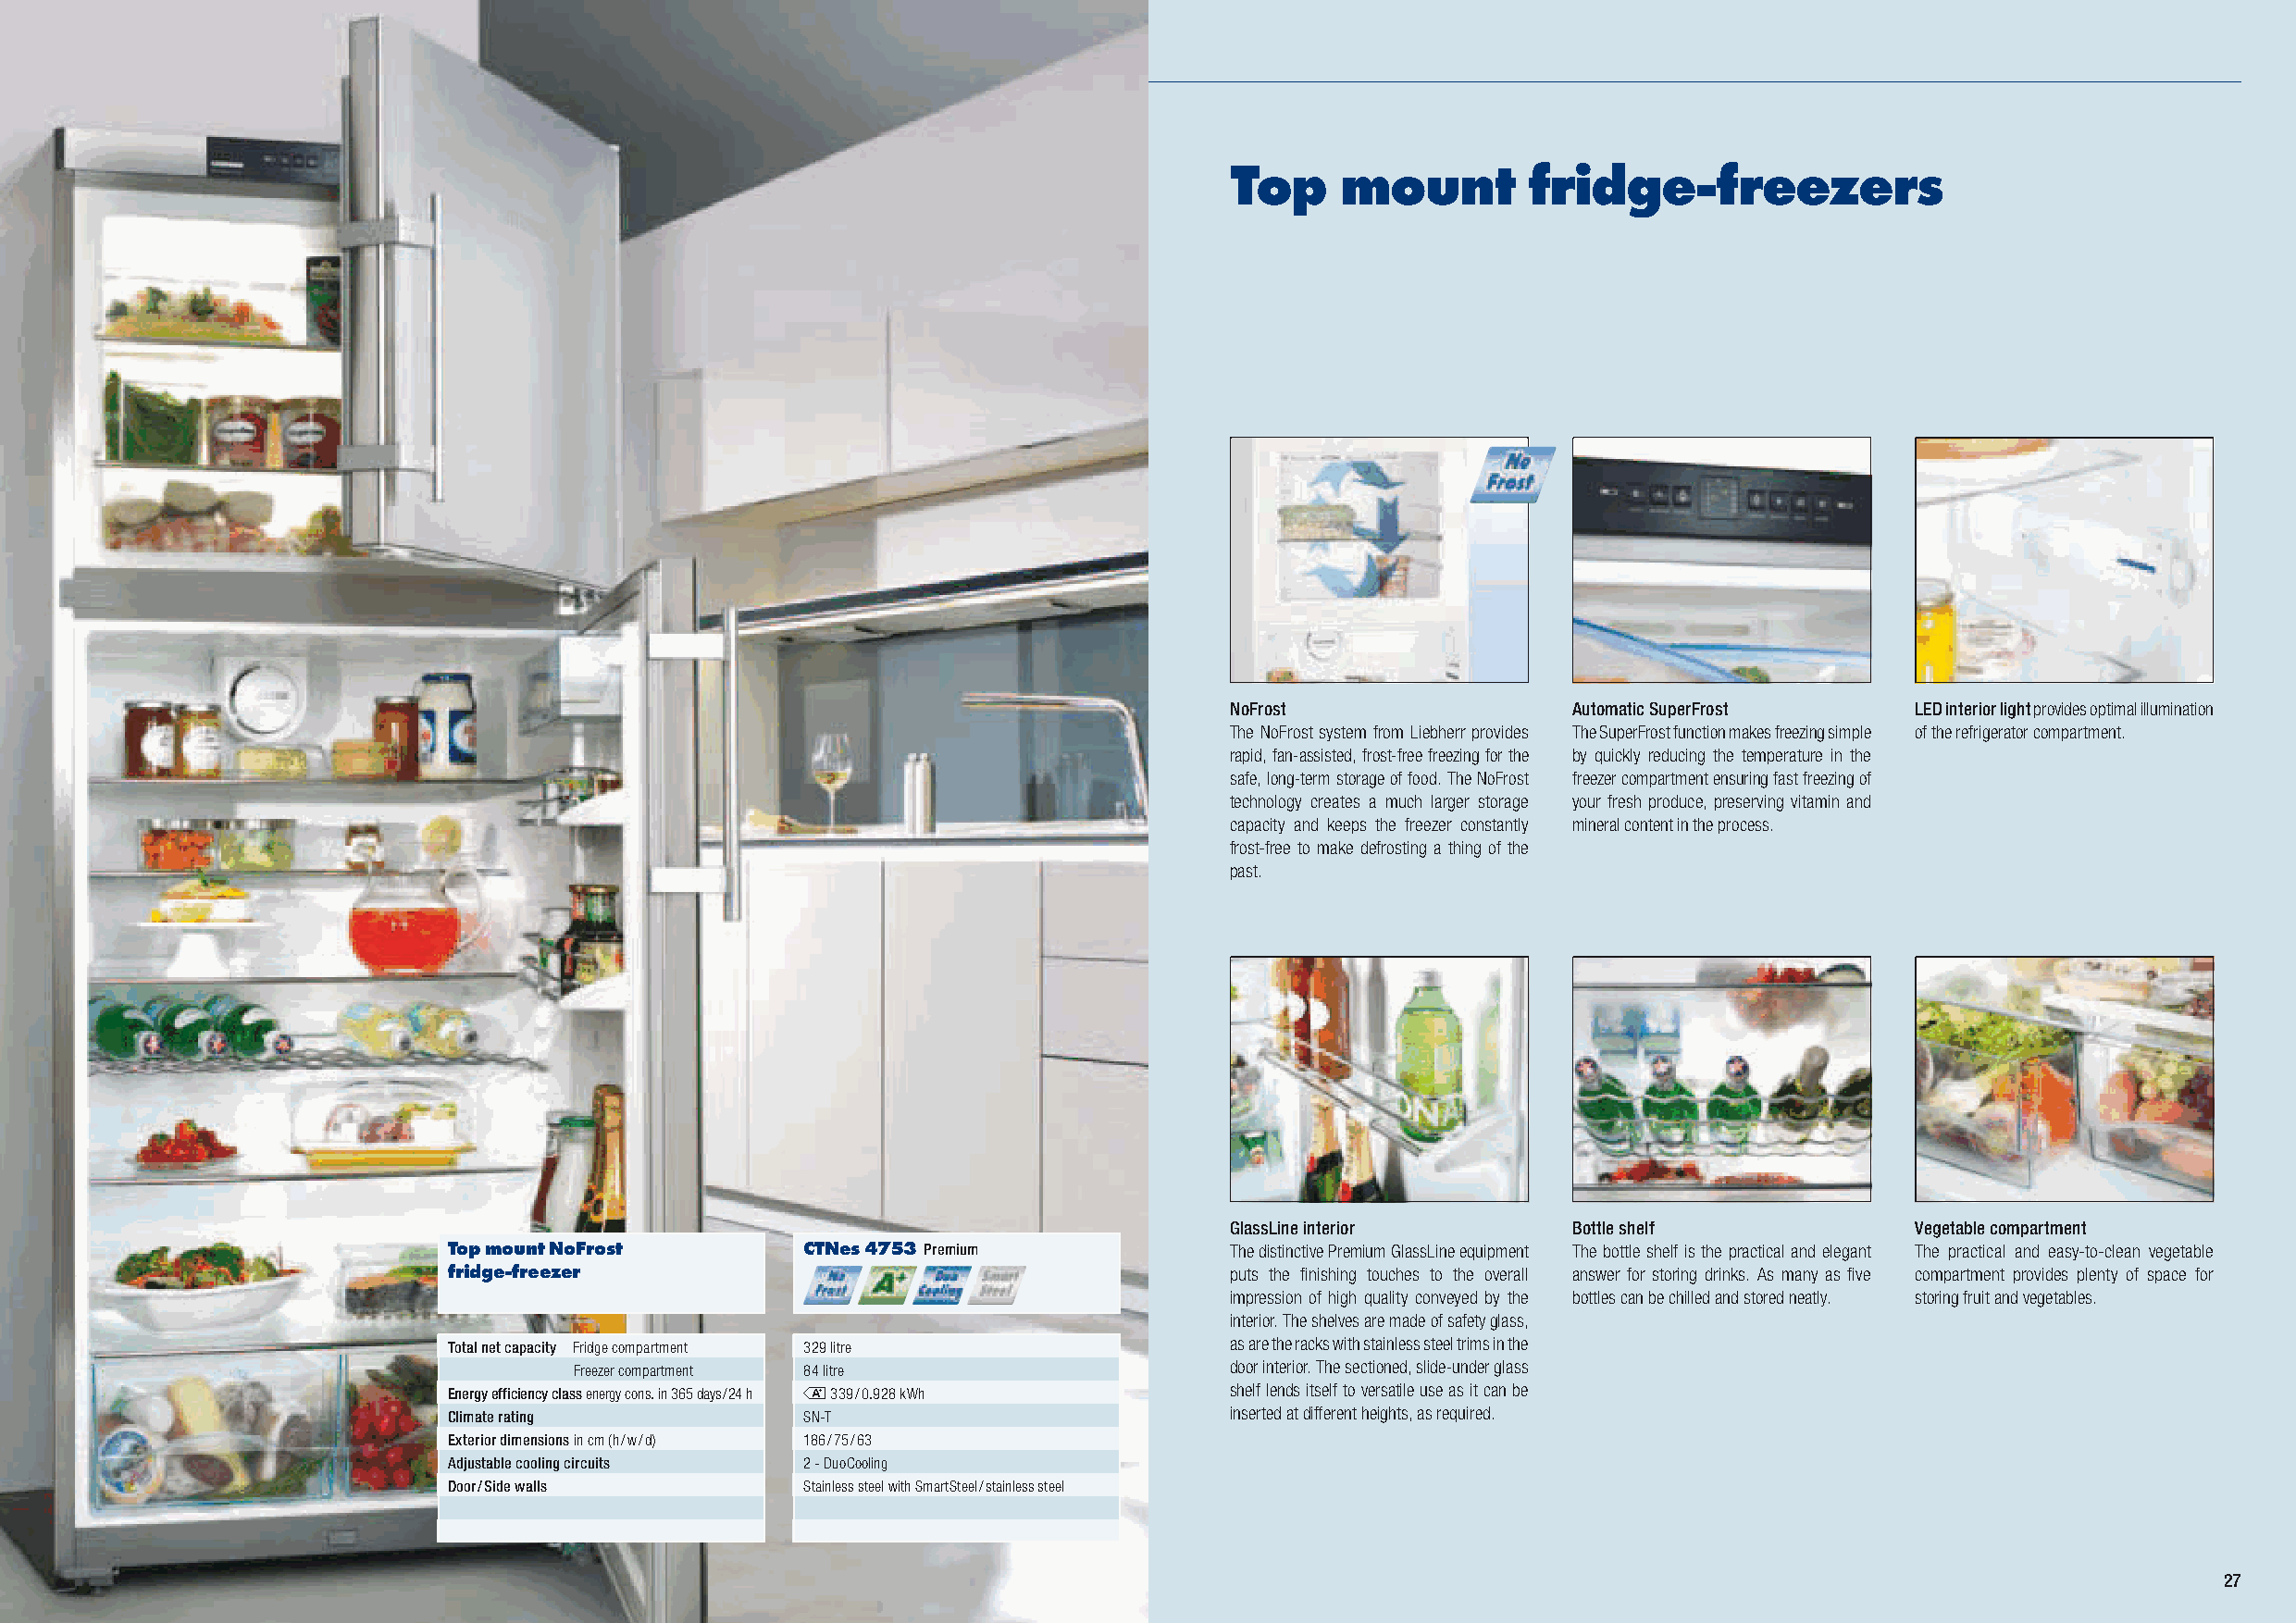
Top     mount        fridge-freezers
 NoFrost                 Automatic SuperFrost     LED interior light provides optimal illumination
 The NoFrost system from Liebherr provides The SuperFrost function makes freezing simple of the refrigerator compartment.
 rapid, fan-assisted, frost-free freezing for the by quickly reducing the temperature in the
 safe, long-term storage of food. The NoFrost freezer compartment ensuring fast freezing of
 technology creates a much larger storage your fresh produce, preserving vitamin and
 capacity and keeps the freezer constantly mineral content in the process.
 frost-free to make defrosting a thing of the
 past.
 GlassLine interior      Bottle shelf             Vegetable compartment
 Top mount NoFrost        CTNes 4753 Premium             The distinctive Premium GlassLine equipment The bottle shelf is the practical and elegant The practical and easy-to-clean vegetable
 fridge-freezer                                          puts the fi nishing touches to the overall answer for storing drinks. As many as fi ve compartment provides plenty of space for
 impression of high quality conveyed by the bottles can be chilled and stored neatly. storing fruit and vegetables.
 interior. The shelves are made of safety glass,
 Total net capacity Fridge compartment 329 litre         as are the racks with stainless steel trims in the
 Freezer compartment 84 litre                   door interior. The sectioned, slide-under glass
 Energy efficiency class energy cons. in 365 days / 24 h m 339 / 0.928 kWh shelf lends itself to versatile use as it can be
 Climate rating           SN-T                           inserted at diff erent heights, as required.
 Exterior dimensions in cm (h / w / d) 186 / 75 / 63
 Adjustable cooling circuits 2 - DuoCooling
 Door / Side walls        Stainless steel with SmartSteel / stainless steel
 27
 LHG_Stand_2014_02-31_GB_02.indd 26                                     21.11.2013 16:39:59 Uhr LLHHGG__SSttaanndd__22001144__0022--3311__GGBB__0022..iinndddd 2277 2211..1111..22001133 1166::4400::0022 UUhhrr